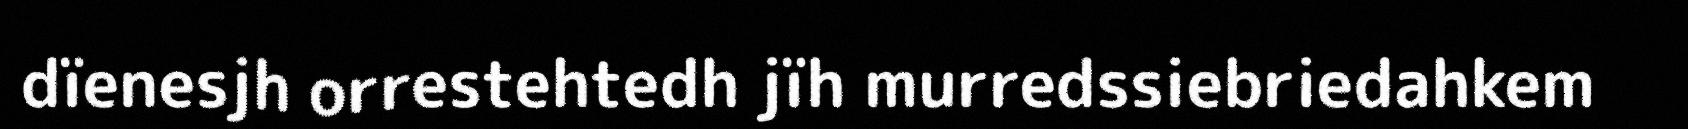
dïenesjh orrestehtedh jïh murredssiebriedahkem